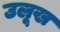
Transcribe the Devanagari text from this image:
उलूख